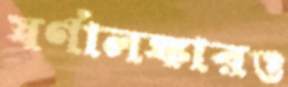
স্বর্ণালঙ্কারও